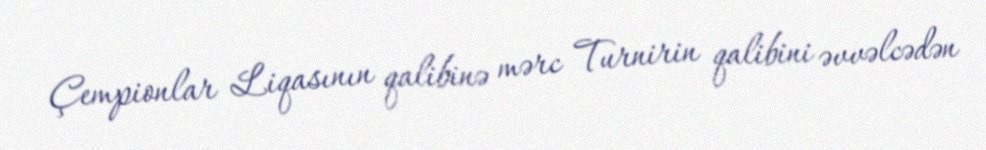
Çempionlar Liqasının qalibinə mərc Turnirin qalibini əvvəlcədən